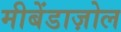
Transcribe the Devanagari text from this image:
मीबेंडाज़ोल